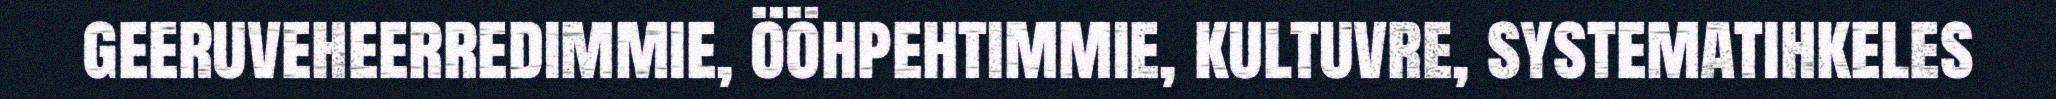
geeruveheerredimmie, ööhpehtimmie, kultuvre, systematihkeles